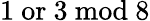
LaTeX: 1{\mathrm{~or~}}3{\mathrm{~mod~}}8